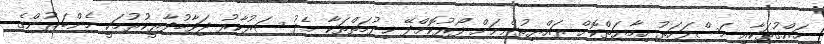
ހައްގުތަކާއި މަސްލަހަތު ހިމާޔަތްކޮށް ރައްޔިތުންނަށް ފޯރުކޮށްދޭ ޚިދުމަތްތަކާ މެދު ސަރުކާރު ޖަވާބުދާރީކުރުމަކީ މެންބަރުންގެ